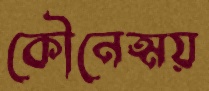
কৌনেত্ময়